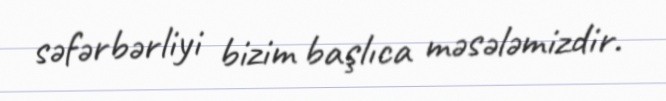
səfərbərliyi bizim başlıca məsələmizdir.